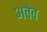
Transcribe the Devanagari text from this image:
अवेव